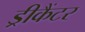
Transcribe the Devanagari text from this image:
ड्रीकैंटर